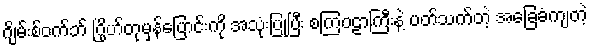
ဂျိမ်းစ်ဝက်ဘ် ဂြိုဟ်တုမှန်ပြောင်းကို အသုံးပြုပြီး စကြဝဠာကြီးနဲ့ ပတ်သက်တဲ့ အခြေခံကျတဲ့